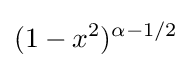
(1-x^{2})^{\alpha -1/2}